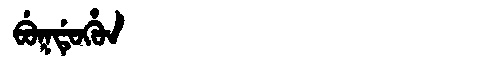
Manchu: ᠪᡠᡴᡩᡠᡥᡠᠨ
Romanization: BUKDUHUN